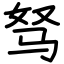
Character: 驽